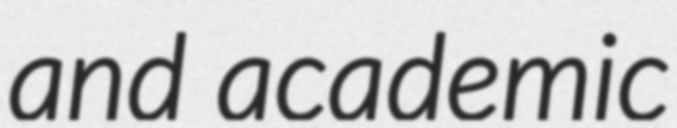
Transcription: and academic